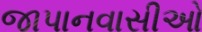
જાપાનવાસીઓ